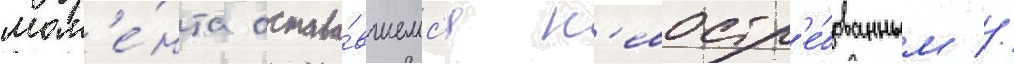
мом'е́нта остава́вшемс'я н'евостр'е́бованным //